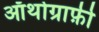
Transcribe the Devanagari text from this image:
ऑर्थोग्राफ़ी